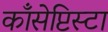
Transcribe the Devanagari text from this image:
काँसेप्टिस्टा